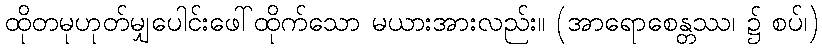
ထိုတမုဟုတ်မျှပေါင်းဖေါ်ထိုက်သော မယားအားလည်း။ (အာရောစေန္တဿ၊ ၌ စပ်၊)